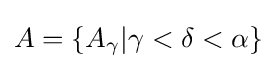
A=\{A_{\gamma }|\gamma <\delta <\alpha \}